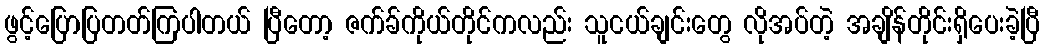
ဖွင့်ပြောပြတတ်ကြပါတယ် ပြီတော့ ဇက်ခ်ကိုယ်တိုင်ကလည်း သူငယ်ချင်းတွေ လိုအပ်တဲ့ အချိန်တိုင်းရှိပေးခဲ့ပြီ